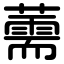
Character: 薷